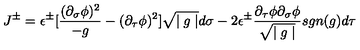
J ^ { \pm } = \epsilon ^ { \pm } [ \frac { ( \partial _ { \sigma } \phi ) ^ { 2 } } { - g } - ( \partial _ { \tau } \phi ) ^ { 2 } ] { \sqrt { \mid g \mid } } d \sigma - 2 \epsilon ^ { \pm } \frac { { \partial _ { \tau } } \phi { \partial _ { \sigma } } \phi } { \sqrt { \mid g \mid } } s g n ( g ) d \tau